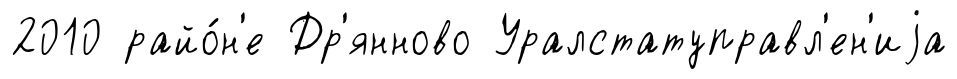
2010 райо́н'е Др'янново Уралстатуправл'ен'иjа